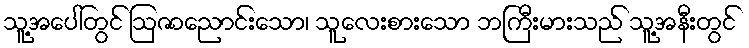
သူ့အပေါ်တွင် ဩဇာညောင်းသော၊ သူလေးစားသော ဘကြီးမားသည် သူ့အနီးတွင်